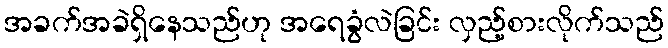
အခက်အခဲရှိနေသည်ဟု အရေခွံလဲခြင်း လှည့်စားလိုက်သည်